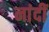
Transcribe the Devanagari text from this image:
नांदीं